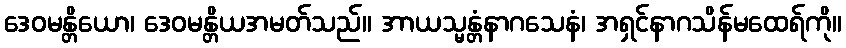
ဒေဝမန္တိယော၊ ဒေဝမန္တိယအမတ်သည်။ အာယသ္မန္တံနာဂသေနံ၊ အရှင်နာဂသိန်မထေရ်ကို။